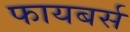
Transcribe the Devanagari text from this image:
फायबर्स